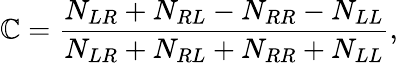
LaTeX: \mathbb{C}={\frac{{N_{LR}+N_{RL}-N_{RR}-N_{LL}}}{{N_{LR}+N_{RL}+N_{RR}+N_{LL}}}},